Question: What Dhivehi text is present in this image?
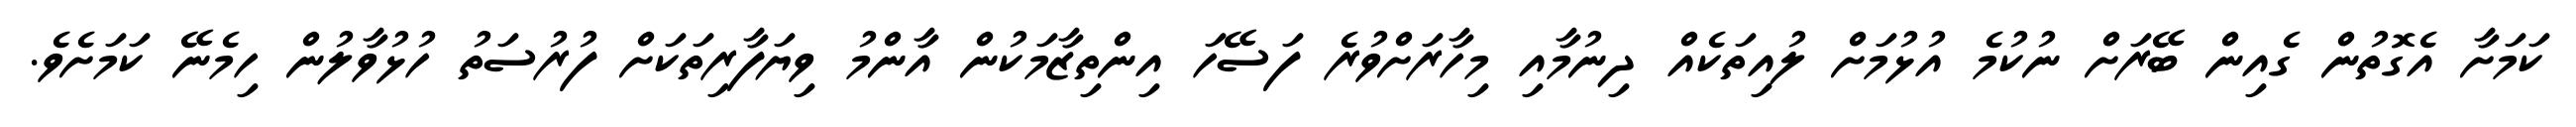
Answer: ކަމަށާ އެގޮތުން ގެއިން ބޭރަށް ނުކުމެ އުޅުމަށް ލުއިތަކެއް ދިނުމާއި މިހާރަށްވުރެ ފަސޭހަ އިންތިޒާމަކުން އާންމު ވިޔަފާރިތަކަށް ފުރުސަތު ހުޅުވާލުން ހިމެނޭ ކަމަށެވެ.